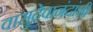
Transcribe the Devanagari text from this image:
वासुदेवानंदांनी